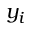
y _ { i }